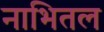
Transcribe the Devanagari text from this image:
नाभितल